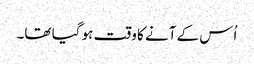
اُس کے آنے کا وقت ہو گیا تھا۔